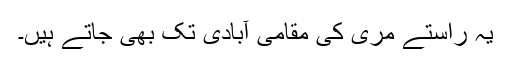
یہ راستے مری کی مقامی آبادی تک بھی جاتے ہیں۔